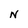
Character: N